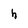
Character: h